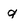
Character: q